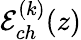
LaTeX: \mathcal{E}_{ch}^{(k)}(z)